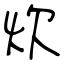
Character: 炊